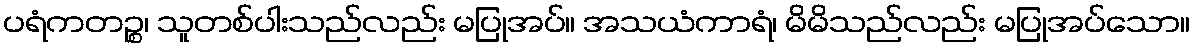
ပရံကတဉ္စ၊ သူတစ်ပါးသည်လည်း မပြုအပ်။ အသယံကာရံ၊ မိမိသည်လည်း မပြုအပ်သော။